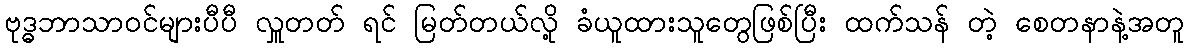
ဗုဒ္ဓဘာသာဝင်များပီပီ လှူတတ် ရင် မြတ်တယ်လို့ ခံယူထားသူတွေဖြစ်ပြီး ထက်သန် တဲ့ စေတနာနဲ့အတူ